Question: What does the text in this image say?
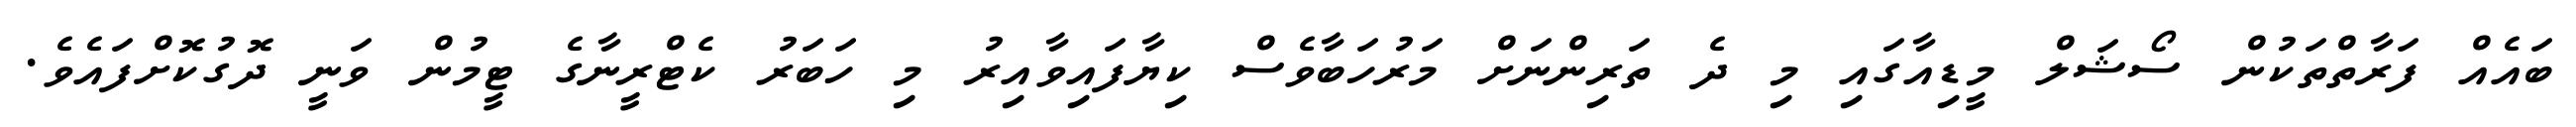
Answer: ބައެއް ފަރާތްތަކުން ސޯޝަލް މީޑިއާގައި މި ދެ ތަރިންނަށް މަރުހަބާވެސް ކިޔާފައިވާއިރު މި ހަބަރު ކެޓްރީނާގެ ޓީމުން ވަނީ ދޮގުކޮށްފައެވެ.